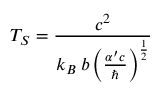
T _ { S } = \frac { c ^ { 2 } } { k _ { B } \: b \left( \frac { \alpha ^ { \prime } c } { \hbar } \right) ^ { \frac { 1 } { 2 } } }